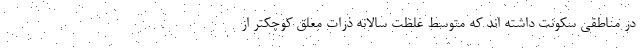
در مناطقی سکونت داشته اند که متوسط غلظت سالانه ذرات معلق کوچکتر از